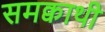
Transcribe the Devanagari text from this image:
समक्वाथी